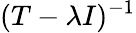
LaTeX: (T-\lambda I)^{-1}